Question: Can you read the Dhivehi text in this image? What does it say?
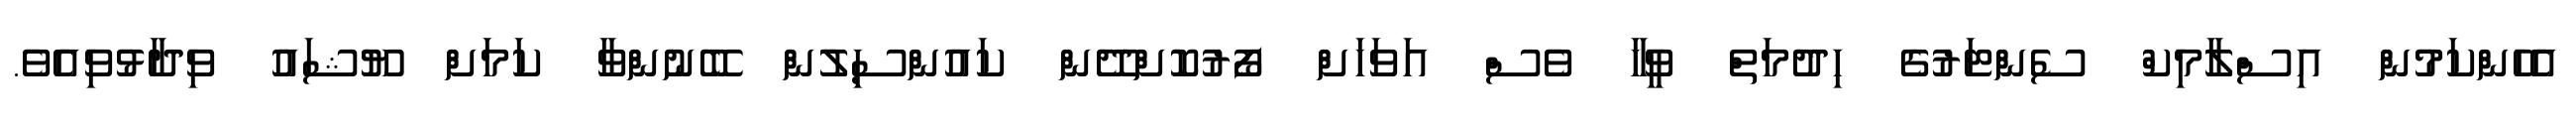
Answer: އެހެންކަމުން އިސްލާމިކް ސެންޓަރުގެ ހިދުމަތް ވީހާ ވެސް އަވަހަށް ފޯރުކޮށްދޭން ކައުންސިލުން ބޭނުންވާ ކަމަށް ޔޫޝައު ވިދާޅުވިއެވެ.